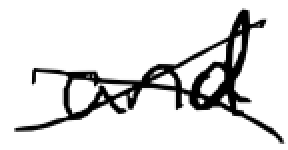
Text: and
Cross-out: cross
Writing tool: digital_black